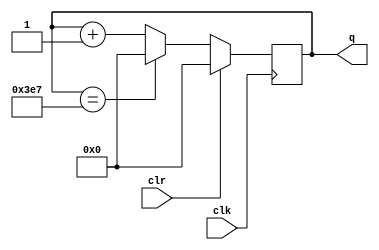
module counter_ex2(clk,clr,q);

	input clk,clr; 
	output reg [15:0] q = 16'h0000;

	always @ (posedge clk)
	begin
		if(clr)
			q <= 16'h0000;
		else begin
			q <= q + 1;
			if(q==999) begin
				q <= 16'h0000;
				//    
			end
		end
	end

endmodule